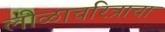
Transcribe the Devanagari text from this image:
लीळाचरित्राचा